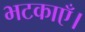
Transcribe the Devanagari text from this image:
भटकाएँ।